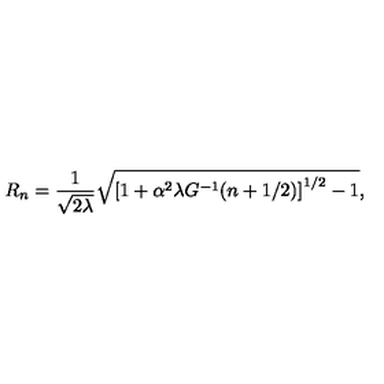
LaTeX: R _ { n } = \frac { 1 } { \sqrt { 2 \lambda } } \sqrt { \left[ 1 + \alpha ^ { 2 } \lambda G ^ { - 1 } ( n + 1 / 2 ) \right] ^ { 1 / 2 } - 1 } ,